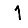
Digit: 1